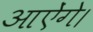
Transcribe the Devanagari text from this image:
आऐंगे।